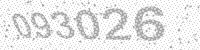
Solution: 093026